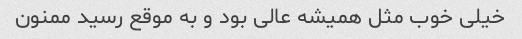
خیلی خوب مثل همیشه عالی بود و به موقع رسید ممنون